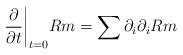
LaTeX: \begin{align*}\frac{\partial}{\partial t}\bigg|_{t=0}Rm=\sum\partial_{i}\partial_{i}Rm\end{align*}